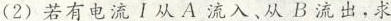
(2)若有电流I从A流入，从B流出，求